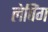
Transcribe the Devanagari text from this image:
लेपिंग